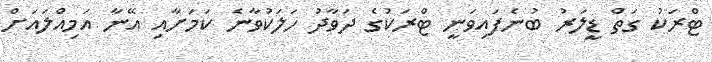
ޓްރަކު ގަތް ޑީލަރު ބުނެފައިވަނީ ޓްރަކުގެ ދަވާދު ހަލަކުވާނެ ކަމަށާއި އޭނާ އަމިއްލައަށް